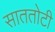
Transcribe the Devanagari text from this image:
साततोटी